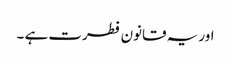
اور یہ قانون فطرت ہے ۔